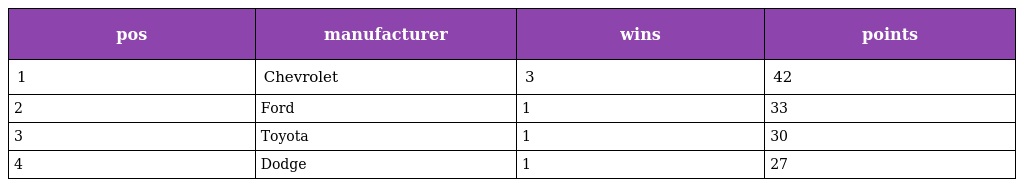
| pos | manufacturer | wins | points |
 | --- | --- | --- | --- |
 | 1 | Chevrolet | 3 | 42 |
 | 2 | Ford | 1 | 33 |
 | 3 | Toyota | 1 | 30 |
 | 4 | Dodge | 1 | 27 |